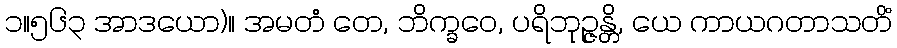
၁။၅၆၃ အာဒယော)။ အမတံ တေ, ဘိက္ခဝေ, ပရိဘုဉ္ဇန္တိ, ယေ ကာယဂတာသတိံ